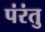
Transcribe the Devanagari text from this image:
पंरंतु